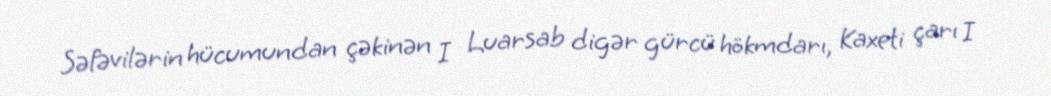
Səfəvilərin hücumundan çəkinən I Luarsab digər gürcü hökmdarı, Kaxeti çarı I